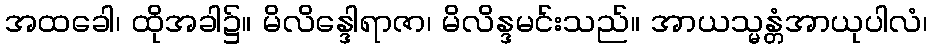
အထခေါ၊ ထိုအခါ၌။ မိလိန္ဒေါရာဇာ၊ မိလိန္ဒမင်းသည်။ အာယသ္မန္တံအာယုပါလံ၊